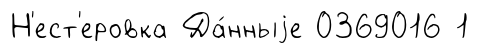
Н'ест'еровка Да́нныjе 0369016 1